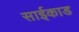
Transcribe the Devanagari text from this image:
साईकाड